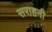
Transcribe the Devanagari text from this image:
सराहनी